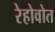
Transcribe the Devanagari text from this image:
रेहोवोत